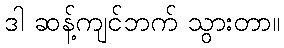
ဒါ ဆန့်ကျင်ဘက် သွားတာ။